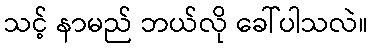
သင့် နာမည် ဘယ်လို ခေါ်ပါသလဲ။